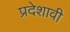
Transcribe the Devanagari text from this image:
प्रदेशावी